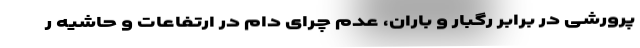
پرورشی در برابر رگبار و باران، عدم چرای دام در ارتفاعات و حاشیه ر